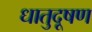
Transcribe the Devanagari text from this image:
धातुदूषण